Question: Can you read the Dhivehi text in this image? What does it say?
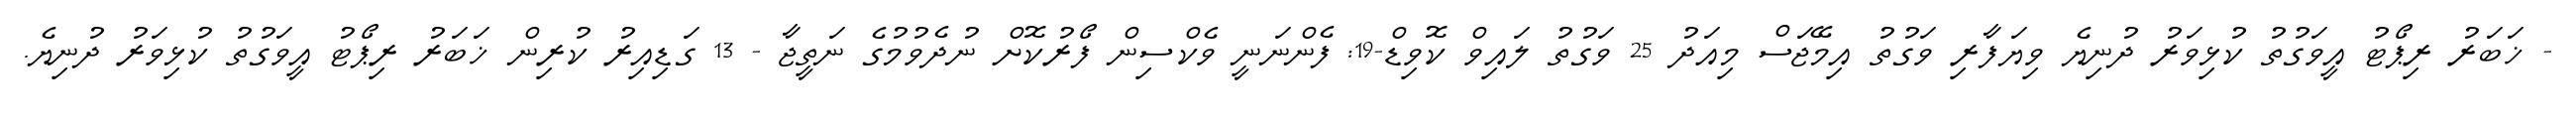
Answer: - ޚަބަރު ރިޕޯޓު އީވަގުތު ކުޅިވަރު ދުނިޔެ ވިޔަފާރި ވަގުތު އިމޭޖަސް މިއަދު 25 ވަގުތު ލައިވް ކޮވިޑް-19: ފެންނަނީ ވެކްސިން ފޯރުކޮށް ނުދެވުމުގެ ނަތީޖާ - 13 ގަޑިއިރު ކުރިން ޚަބަރު ރިޕޯޓު އީވަގުތު ކުޅިވަރު ދުނިޔެ.